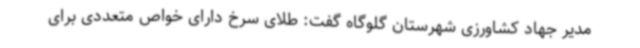
مدیر جهاد کشاورزی شهرستان گلوگاه گفت: طلای سرخ دارای خواص متعددی برای